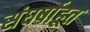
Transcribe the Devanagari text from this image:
संघर्षाहूत